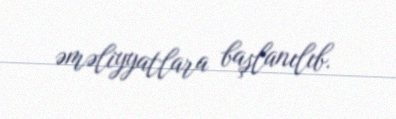
əməliyyatlara başlanılıb.